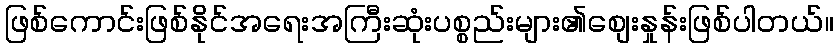
ဖြစ်ကောင်းဖြစ်နိုင်အရေးအကြီးဆုံးပစ္စည်းများ၏စျေးနှုန်းဖြစ်ပါတယ်။